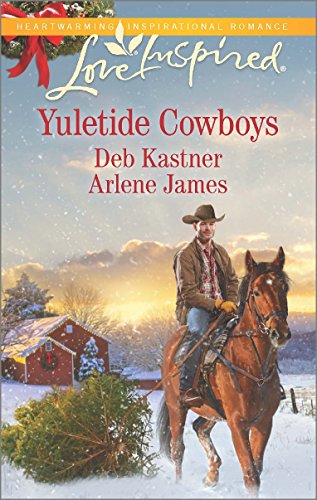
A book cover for Yuletide Cowboys: The Cowboy's Yuletide Reunion\The Cowboy's Christmas Gift (Love Inspired); Deb Kastner; Romance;